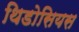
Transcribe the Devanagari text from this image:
थिडोसियस